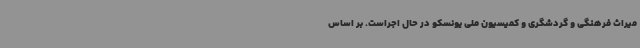
میراث فرهنگی و گردشگری و کمیسیون ملی یونسکو در حال اجراست. بر اساس